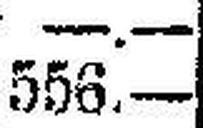
556.—